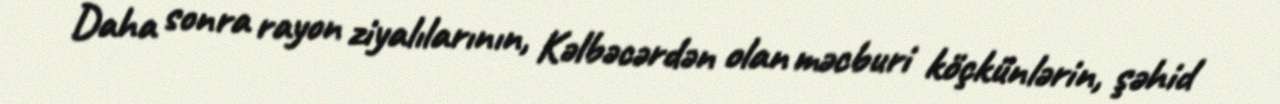
Daha sonra rayon ziyalılarının, Kəlbəcərdən olan məcburi köçkünlərin, şəhid